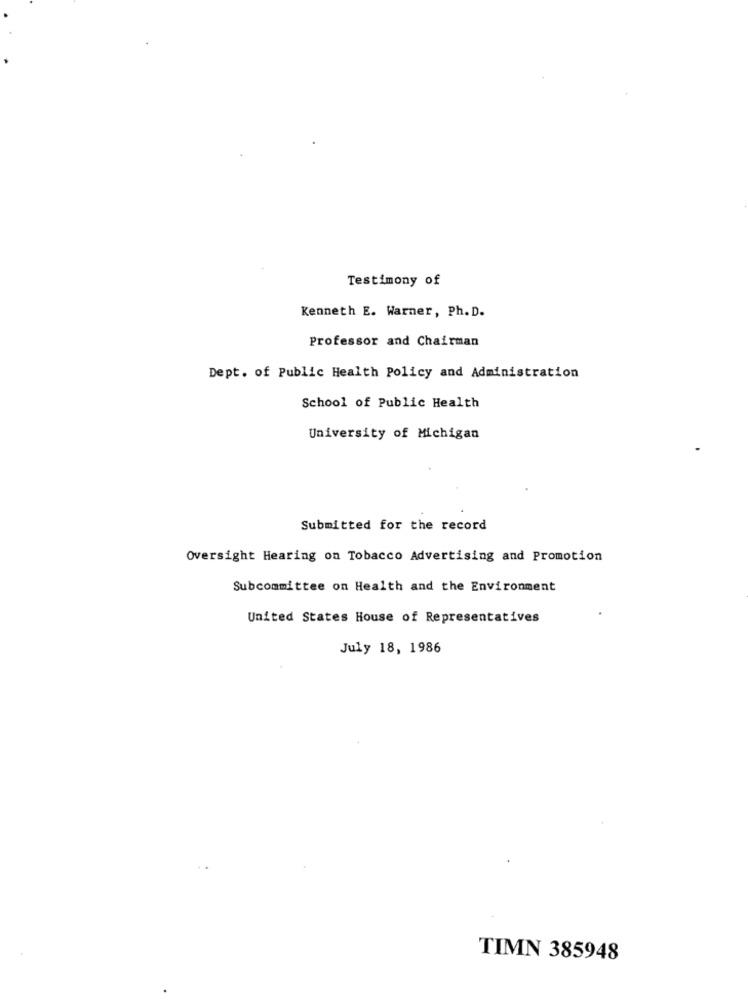
Testimony of
Kenneth E. Warner, Ph. D.
Professor and Chairman
Dept. of Public Health Policy and Administration
School of Public Health
University of Michigan
Submitted for the record
Oversight Hearing on Tobacco Advertising and Promotion
Subcommittee on Health and the Environment
United States House of Representatives
July 18, 1986
TIMN 385948